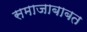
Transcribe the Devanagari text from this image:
समाजाबाबत